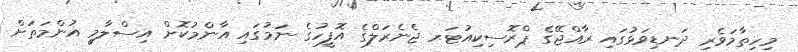
މިހިތާމަވެރި ދަނޑިވަޅުގައި ރާއްޖޭގެ ޕްރޮސިކިއުޓަރ ޖެނެރަލްގެ އޮފީހުގެ ނަމުގައި އާންމުކޮށް އިސްލާމީ އުންމަތަށް